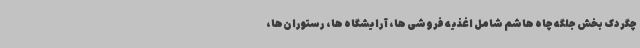
چگردک بخش جلگه چاه هاشم شامل اغذیه فروشی ها، آرایشگاه ها، رستوران‌ها،